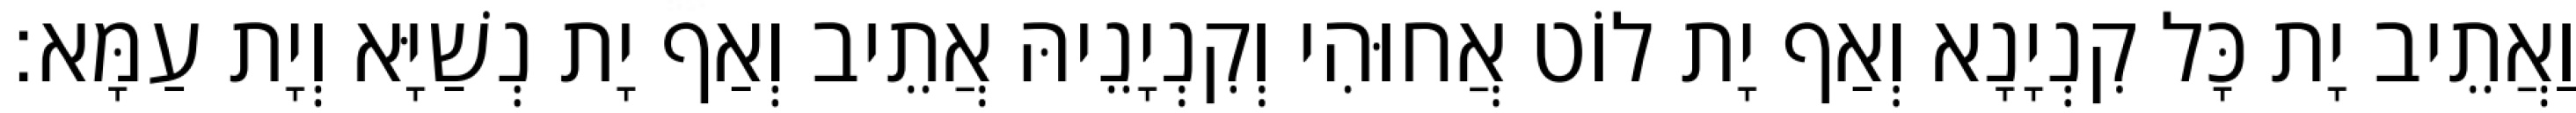
וַאֲתֵיב יָת כָּל קִנְיָנָא וְאַף יָת לוֹט אֲחוּהִי וְקִנְיָנֵיהּ אֲתֵיב וְאַף יָת נְשַׁיָּא וְיָת עַמָּא׃